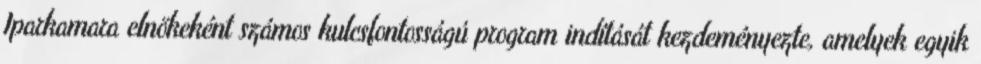
Iparkamara elnökeként számos kulcsfontosságú program indítását kezdeményezte, amelyek egyik